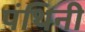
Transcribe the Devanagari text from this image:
पंथिनी